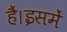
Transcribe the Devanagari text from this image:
हैं।इसमें